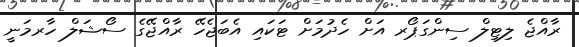
ރާއްޖެ ލިޓިލް ސިންގަޕޯރ އަށް ހެދުމަށް ޓަކައި އެބަޖެހޭ ރާއްޖޭގެ ސޯޝަލް ހާރމަނީ